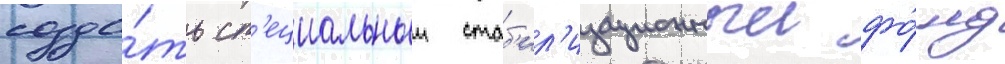
созда́ть сп'ециальныи стаб'ил'изационныи фо́нд